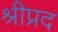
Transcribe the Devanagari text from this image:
श्रीप्रद